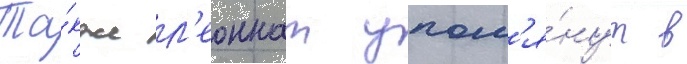
Та́кже л'еоннат упом'я́нут в